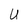
Character: U